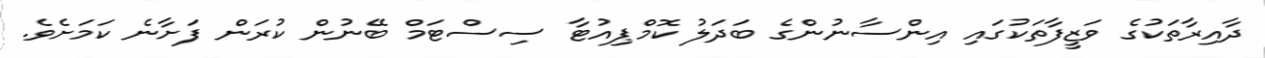
ދާއިރާތަކުގެ ވަޒީފާތަކުގައި އިންސާނުންގެ ބަދަލު ކޮމްޕިއުޓާ ސިސްޓަމް ބޭނުން ކުރަން ފަށާނެ ކަމަށެވެ.